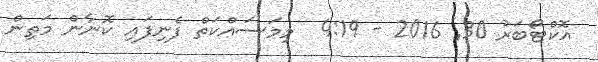
އޮކްޓޯބަރު 30